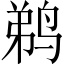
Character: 鹈